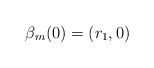
\begin{align*}\beta_m(0)=(r_1,0)\end{align*}